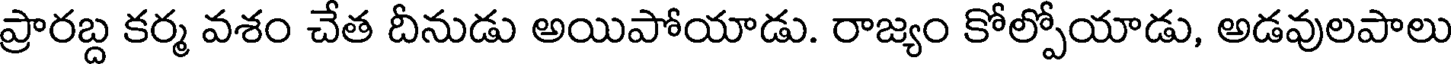
ప్రారబ్ద కర్మ వశం చేత దీనుడు అయిపోయాడు. రాజ్యం కోల్పోయాడు, అడవులపాలు